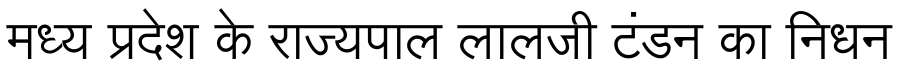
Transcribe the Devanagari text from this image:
मध्य प्रदेश के राज्यपाल लालजी टंडन का निधन